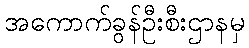
အကောက်ခွန်ဦးစီးဌာနမှ